Annual report on the Civil Veterinary Department, Burma (including the Insein Veterinary School) - 1910-1922
Year: 1910
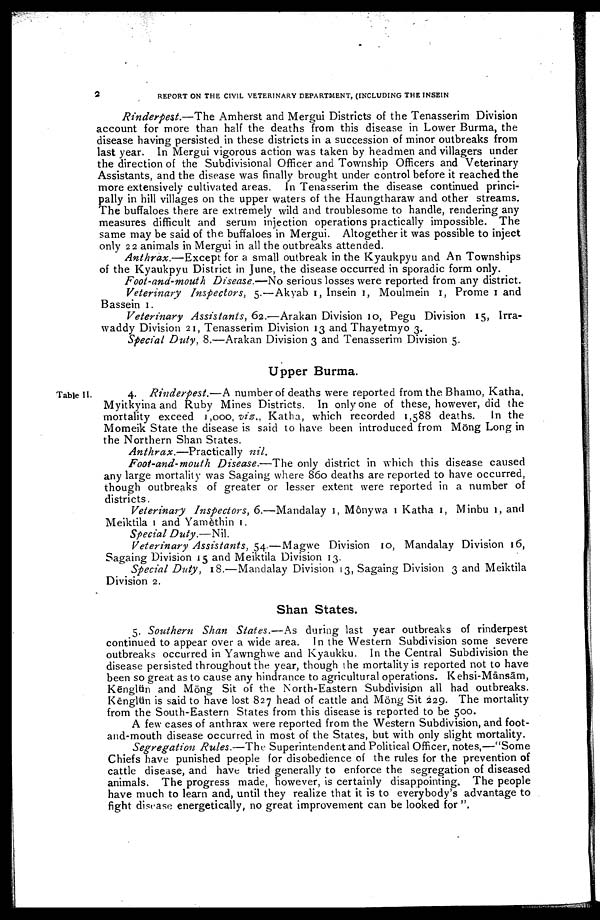
2
REPORT ON THE CIVIL VETERINARY DEPARTMENT, (INCLUDING THE INSEIN
Rinderpest.—The
Amherst and Mergui Districts of the Tenasserim Division
account for more than half the deaths from this disease in Lower Burma, the
disease having persisted in these districts in a succession of minor outbreaks from
last year. In Mergui vigorous action was taken by headmen and villagers under
the direction of the Subdivisional Officer and Township Officers and Veterinary
Assistants, and the disease was finally brought under control before it reached the
more extensively cultivated areas. In Tenasserim the disease continued princi
pally in hill villages on the upper waters of the Haungtharaw and other streams.
The buffaloes there are extremely wild and troublesome to handle, rendering any
measures difficult and serum injection operations practically impossible. The
same may be said of the buffaloes in Mergui. Altogether it was possible to inject
only 22 animals in Mergui in all the outbreaks attended.
Anthrax.—Except
for a small outbreak in the Kyaukpyu and An Townships
of the Kyaukpyu District in June, the disease occurred in sporadic form only.
Foot-and-mouth Disease.—No serious losses were reported from any district.
Veterinary
Inspectors, 5.—Akyab 1, Insein 1, Moulmein 1, Prome 1 and
Bassein 1.
Veterinary
Assistants, 62.—Arakan Division 10, Pegu Division 15, Irra-
waddy Division 21, Tenasserim Division 13 and Thayetmyo 3.
Special Duty, 8.—Arakan Division 3 and Tenasserim Division 5.
Upper Burma.
Table II.
4. Rinderpest.—A number of deaths were reported from the Bhamo, Katha,
Myitkyina and Ruby Mines Districts. In only one of these, however, did the
mortality exceed 1 ,000, viz., Katha, which recorded 1,588 deaths.
In the
Momeik State the disease is said to have been introduced from Mŏng Long in
the Northern Shan States.
Anthrax.—Practically
nil.
Foot-and-mouth
Disease.—The only district in which this disease caused
any large mortality was Sagaing where 860 deaths are reported to have occurred,
though outbreaks of greater or lesser extent were reported in a number of
districts.
Veterinary Inspectors, 6.—Mandalay 1, Mônywa 1 Katha 1, Minbu 1, and
Meiktila 1 and Yamèthin 1.
Special Duty.—Nil.
Veterinary Assistants, 54.—Magwe Division 10, Mandalay Division 16,
Sagaing Division 15 and Meiktila Division 13.
Special Duty, 18.—Mandalay Division 13, Sagaing Division 3 and Meiktila
Division 2.
Shan States.
5. Southern Shan States.—As
during last year outbreaks of rinderpest
continued to appear over a wide area. In the Western Subdivision some severe
outbreaks occurred in Yawnghwe and Kyaukku. In the Central Subdivision the
disease persisted throughout the year, though the mortality is reported not to have
been so great as to cause any hindrance to agricultural operations. Kehsi-Mānsām,
Kēnglün and Möng Sit of the North-Eastern Subdivision all had outbreaks.
Kēnglün is said to have lost 827 head of cattle and Möng Sit 229. The mortality
from the South-Eastern States from this disease is reported to be 500.
A few cases of anthrax were reported from the Western Subdivision, and foot-
and-mouth disease occurred in most of the States, but with only slight mortality.
Segregation Rules.—The Superintendent and Political Officer, notes,—"Some
Chiefs have punished people for disobedience of the rules for the prevention of
cattle disease, and have tried generally to enforce the segregation of diseased
animals. The progress made, however, is certainly disappointing. The people
have much to learn and, until they realize that it is to everybody's advantage to
fight disease energetically, no great improvement can be looked for ",